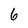
Character: 6